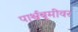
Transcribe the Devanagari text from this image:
पार्श्वबूमीवर